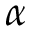
\alpha